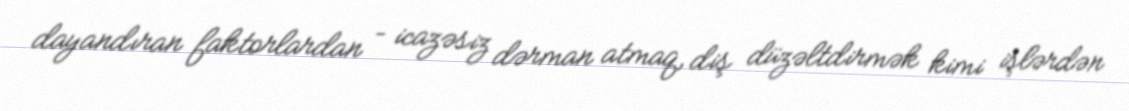
dayandıran faktorlardan – icazəsiz dərman atmaq, diş düzəltdirmək kimi işlərdən